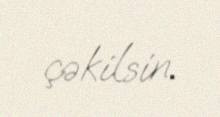
çəkilsin.